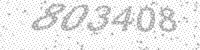
Solution: 803408